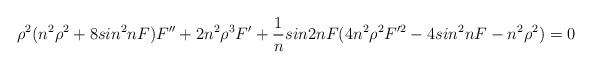
LaTeX: \begin{align*}\rho^2 (n^2 \rho^2 +8 sin^2nF) F'' +2n^2 \rho^3 F' + \frac{1}{n} sin2nF(4n^2\rho^2 F'^2 -4 sin^2nF- n^2\rho^2)=0\end{align*}